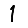
Digit: 1